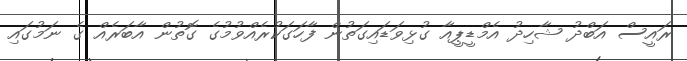
ރައީސް އަބްދު ޝާހިދު އެމްޑީޕީއާ ގުޅިވަޑައިގަތުން ފާހަގަކުރެއްވުމުގެ ގޮތުން އާބަރެއް ގެ ނަމުގައި